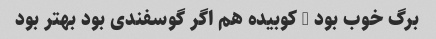
برگ خوب بود - کوبیده هم اگر گوسفندی بود بهتر بود